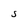
Character: S